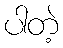
ပါတဲ့